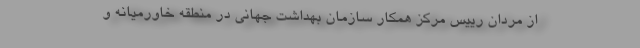
از مردان رییس مرکز همکار سازمان بهداشت جهانی در منطقه خاورمیانه و